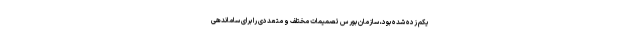
یکم زده شده بود، سازمان بورس تصمیمات مختلف و متعددی را برای ساماندهی